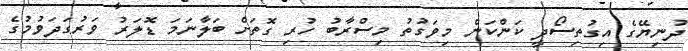
ދުނިޔޭގެ އިގުތިސޯދީ ކަންކަން މިވަގުތު މިސްރާބު ހުރި ގޮތަށް ބަލާނަމަ ޑޮލަރު ވަރުގަދަވުމުގެ